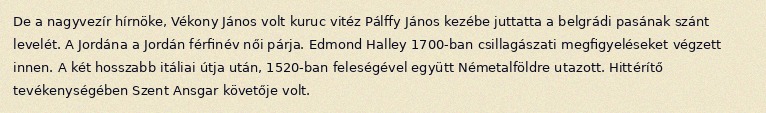
De a nagyvezír hírnöke, Vékony János volt kuruc vitéz Pálffy János kezébe juttatta a belgrádi pasának szánt levelét. A Jordána a Jordán férfinév női párja. Edmond Halley 1700-ban csillagászati megfigyeléseket végzett innen. A két hosszabb itáliai útja után, 1520-ban feleségével együtt Németalföldre utazott. Hittérítő tevékenységében Szent Ansgar követője volt.